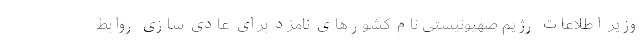
وزیر اطلاعات رژیم صهیونیستی نام کشورهای نامزد برای عادی سازی روابط